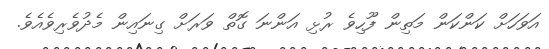
އަވަހަށް ކަންކަން މަތިން ފޫހިވެ ރުޅި އަންނަ ގޮތް ވަރަށް ގިނައިން މެދުވެރިވެއެވެ.